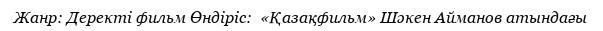
Жанр: Деректі фильм Өндіріс:  «Қазақфильм» Шәкен Айманов атындағы